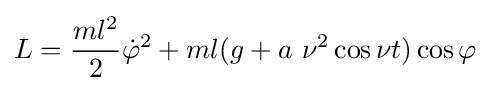
L={\frac {ml^{2}}{2}}{\dot {\varphi }}^{2}+ml(g+a~\nu ^{2}\cos \nu t)\cos \varphi